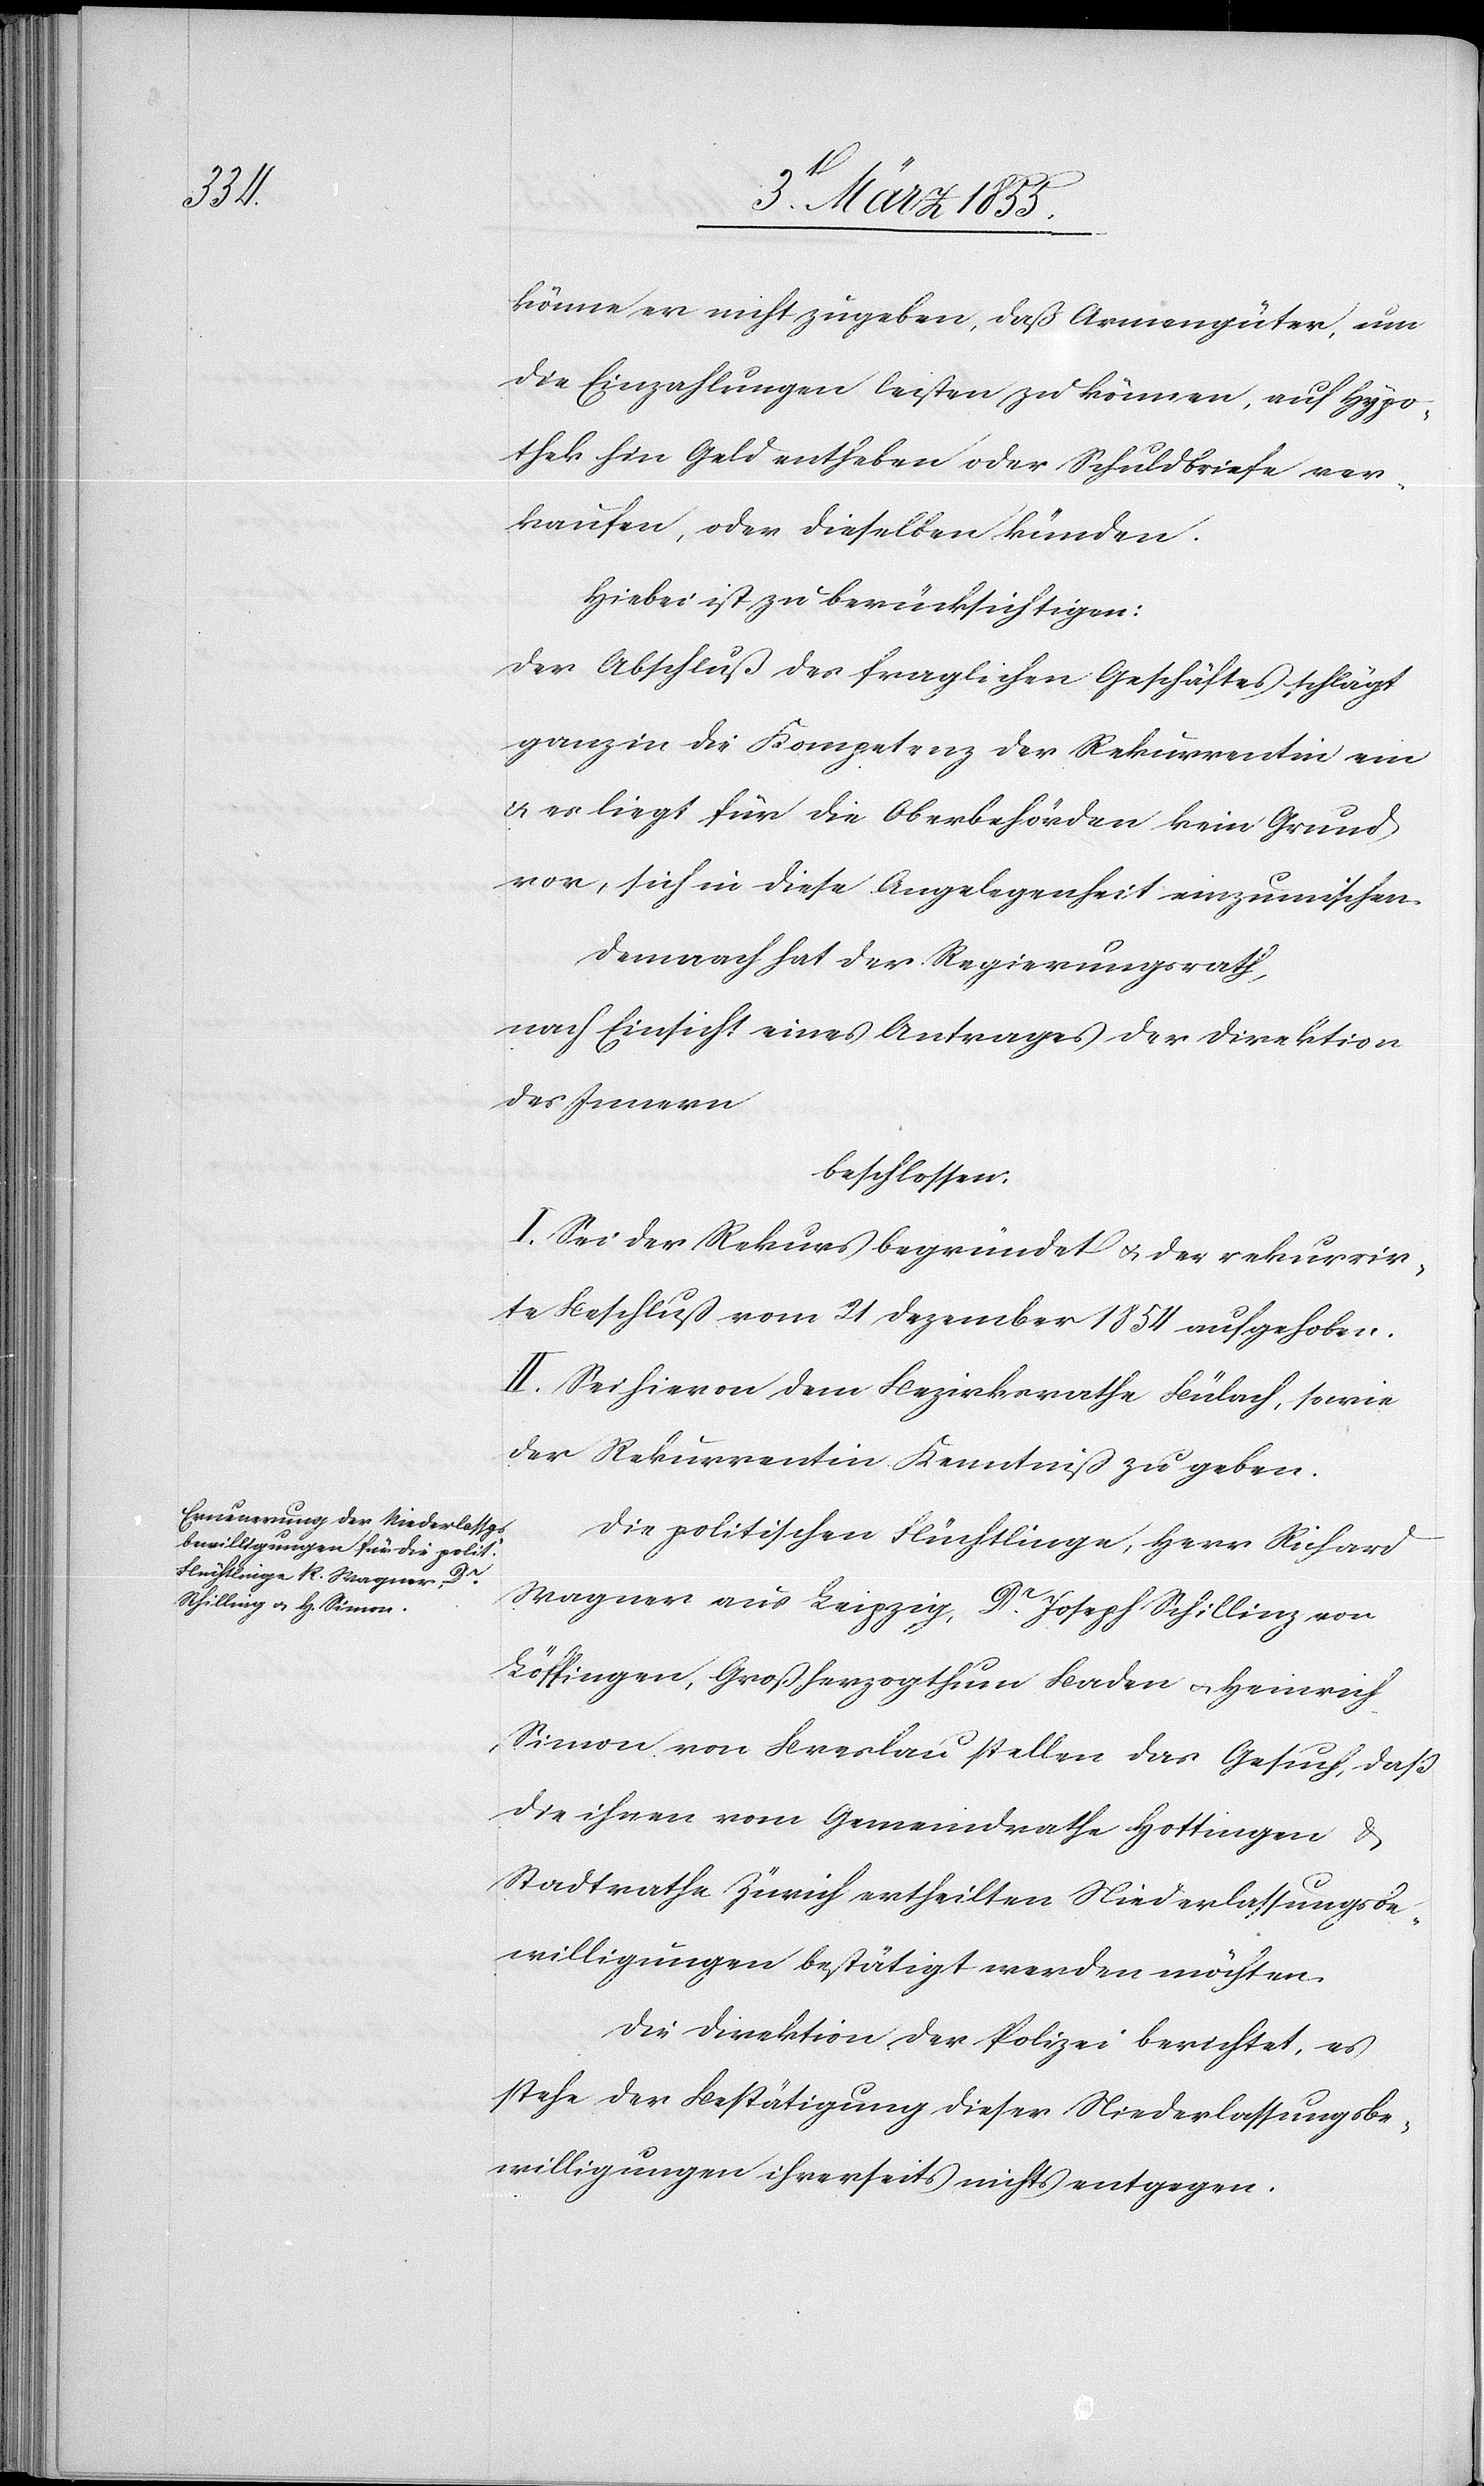
könne er nicht zugeben, daß Armengüter, um
die Einzahlungen leisten zu können, auf Hypo¬
thek hin Geld entheben oder Schuldbriefe ver¬
kaufen, oder dieselben künden.
Hiebei ist zu berücksichtigen:
Der Abschluß des fraglichen Geschäftes schlägt
ganz in die Kompetenz der Rekurrentin ein
& es liegt für die Oberbehörden kein Grund
vor, sich in diese Angelegenheit einzumischen.
Demnach hat der Regierungsrath,
nach Einsicht eines Antrages der Direktion
des Innern
beschlossen:
I. Sei der Rekurs begründet & der rekurrir¬
te Beschluß vom 21 Dezember 1854 aufgehoben.
II. Sei hievon dem Bezirksrathe Bülach, sowie
der Rekurrentin Kenntniß zu geben.
Die politischen Flüchtlinge, Herr Richard
Wagner aus Leipzig, Dr. Joseph Schillinz
Löffingen, Großherzogthum Baden & Heinrich
Simon von Breslau stellen das Gesuch, daß
die ihnen vom Gemeindrathe Hottingen &
Stadtrathe Zürich ertheilten Niederlassungsbe¬
willigungen bestätigt werden möchten.
Die Direktion der Polizei berichtet, es
stehe der Bestätigung dieser Niederlassungsbe¬
willigungen ihrerseits nichts entgegen.